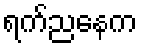
ရက်ညနေက